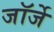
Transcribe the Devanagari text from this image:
जॉर्जे